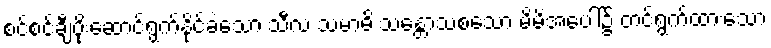
စင်စင်ချီပိုးဆောင်ရွက်နိုင်ခဲသော သီလ သမာဓိ သန္တောသစသော မိမိအပေါ်၌ တင်ရွက်ထားသော